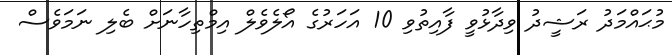
މުޙައްމަދު ރަޝީދު ވިދާޅުވީ ފާއިތުވި 10 އަހަރުގެ އޯލެވެލް އިމްތިހާނަށް ބެލި ނަމަވެސް